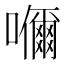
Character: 𭌞